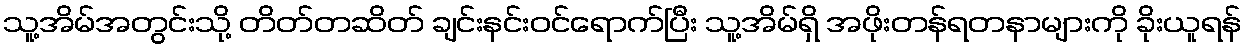
သူ့အိမ်အတွင်းသို့ တိတ်တဆိတ် ချင်းနင်းဝင်ရောက်ပြီး သူ့အိမ်ရှိ အဖိုးတန်ရတနာများကို ခိုးယူရန်